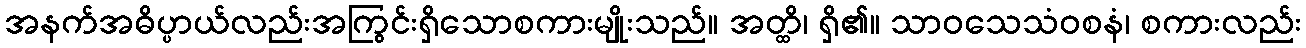
အနက်အဓိပ္ပာယ်လည်းအကြွင်းရှိသောစကားမျိုးသည်။ အတ္ထိ၊ ရှိ၏။ သာဝသေသံဝစနံ၊ စကားလည်း